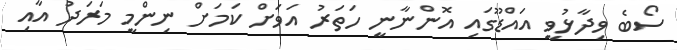
ސޯބެ ވިދާޅުވީ އައްޑޫގައި އޮންނާނީ ހަތަރު އަވަށް ކަމަށް ނިންމީ މަރަދު އާއި